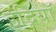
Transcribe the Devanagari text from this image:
इंद्रियॉ